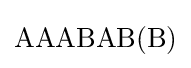
\mathrm {AAABAB(B)}